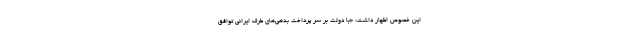
این خصوص اظهار داشت: «با دولت بر سر پرداخت بدهی‌های طرف ایرانی توافق